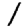
Digit: 1